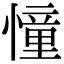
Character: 憧